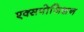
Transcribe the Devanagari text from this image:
एक्सपोजिशन